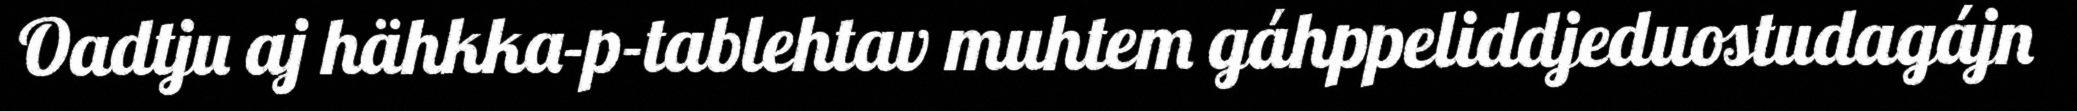
Oadtju aj hähkka-p-tablehtav muhtem gáhppeliddjeduostudagájn